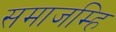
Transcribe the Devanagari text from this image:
समाजम्हि